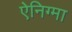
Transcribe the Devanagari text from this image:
ऐनिग्मा